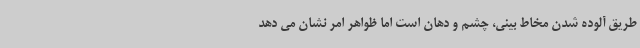
طریق آلوده شدن مخاط بینی، چشم و دهان است اما ظواهر امر نشان می دهد